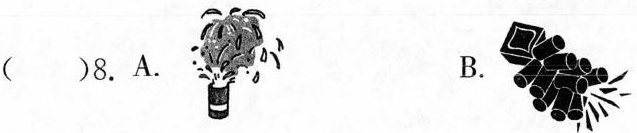
( )8.A. B.